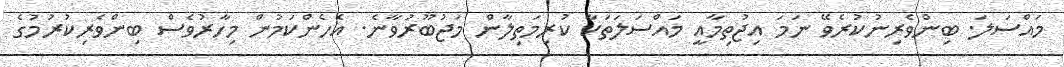
މައްސަލަ. ބިންވެރިނުކުރެވޭ ނަމަ އިޖުތިމާއީ މައްސަލަތަކާ ކުރިމަތިލާން މަޖުބޫރުވާނެ. އެހެންކަމުން މިހާރުވެސް ބިންވެރިކުރުމުގެ